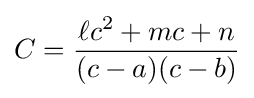
C={\frac {\ell c^{2}+mc+n}{(c-a)(c-b)}}